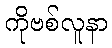
ကိုဗစ်လူနာ